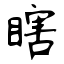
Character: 瞎